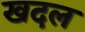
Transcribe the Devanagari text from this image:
खदल